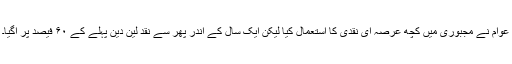
عوام نے مجبوری میں کچھ عرصہ ای نقدی کا استعمال کیا لیکن ایک سال کے اندر پھر سے نقد لین دین پہلے کے ۶۰ فیصد پر آگیا۔